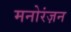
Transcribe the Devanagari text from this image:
मनोरंज़न